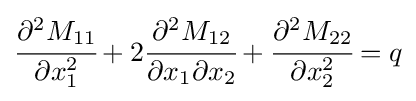
{\cfrac {\partial ^{2}M_{11}}{\partial x_{1}^{2}}}+2{\cfrac {\partial ^{2}M_{12}}{\partial x_{1}\partial x_{2}}}+{\cfrac {\partial ^{2}M_{22}}{\partial x_{2}^{2}}}=q